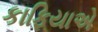
કાફિયાએ